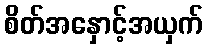
စိတ်အနှောင့်အယှက်